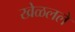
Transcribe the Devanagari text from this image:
खेळलले